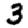
Digit: 3